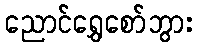
ညောင်ရွှေစော်ဘွား